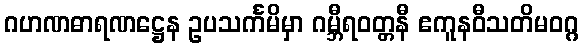
ဂဟဏဓာရဏဋ္ဌေန ဥပသင်္ကမိမှာ ဂမ္ဘီရဝတ္တနီ ဧကူနဝီသတိမဝဂ္ဂ